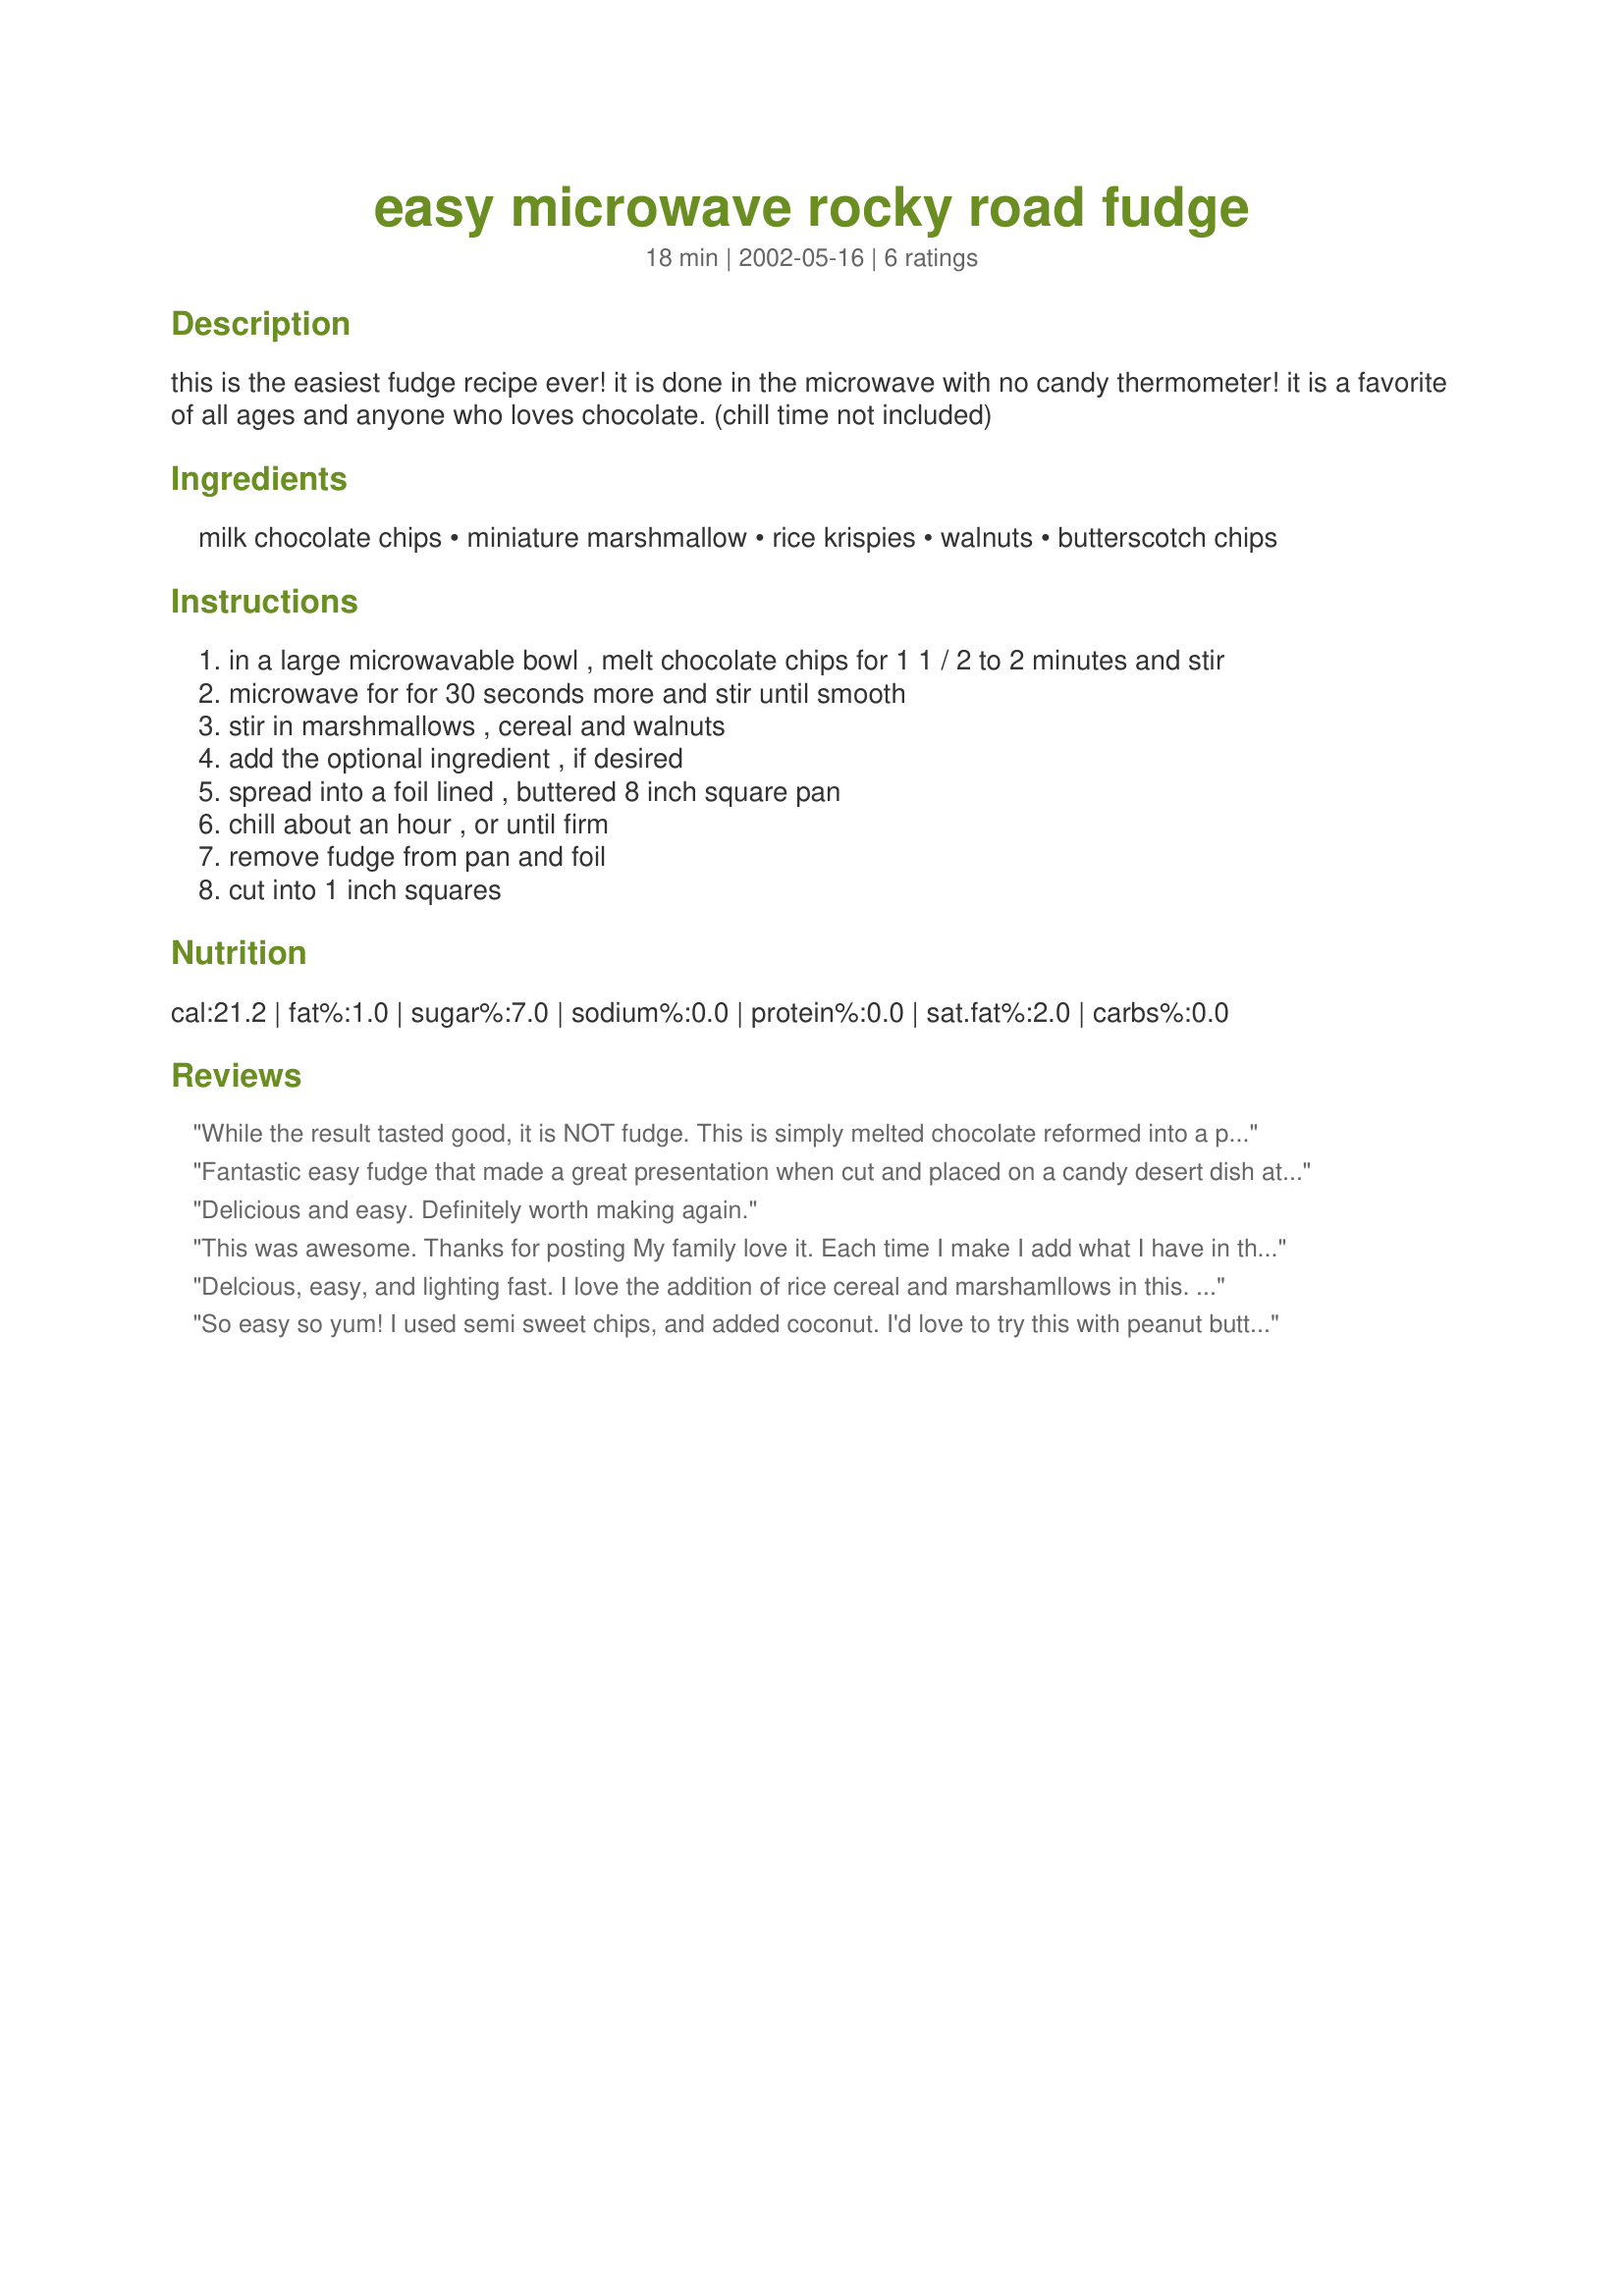
easy microwave rocky road fudge
Preparation time: 18 minutes

this is the easiest fudge recipe ever! it is done in the microwave with no candy thermometer! it is a favorite of all ages and anyone who loves chocolate. (chill time not included)

Ingredients:
milk chocolate chips, miniature marshmallow, rice krispies, walnuts, butterscotch chips

Steps:
in a large microwavable bowl , melt chocolate chips for 1 1 / 2 to 2 minutes and stir
microwave for for 30 seconds more and stir until smooth
stir in marshmallows , cereal and walnuts
add the optional ingredient , if desired
spread into a foil lined , buttered 8 inch square pan
chill about an hour , or until firm
remove fudge from pan and foil
cut into 1 inch squares

Reviews:
While the result tasted good, it is NOT fudge. This is simply melted chocolate reformed into a pan with "stuff" in it. I used mini marshmallows, RK cereal, peanuts, and raisins. It tasted like the crispy/fruit and nut bunny you can buy at Easter. Yummy, but not fudge in any way, shape, or form.
Fantastic easy fudge that made a great presentation when cut and placed on a candy desert dish at the buffet. Wonderful quick and easy.
Delicious and easy. Definitely worth making again.
This was awesome. Thanks for posting
My family love it. 
Each time I make I add what I have in the house.
The Rice krispie cereal is a must. Problem is, because it is so easy to make even the kids have started to make it.
Delcious, easy, and lighting fast. I love the addition of rice cereal and marshamllows in this. I did not add any of the optional ingredients this time and thought it tasted great "plain." Great idea for hilday gift giving or a last minute sweet treat.
So easy so yum!
I used semi sweet chips, and added coconut.
I'd love to try this with peanut butter chips but you cant buy them in NZ.
